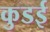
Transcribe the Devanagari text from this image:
कुडई